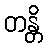
တန္တိ